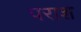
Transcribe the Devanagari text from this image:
पराश